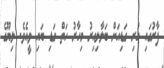
ފާރުގައި ހުރި ގަޑިއަށް ބަލާލިއިރު މިހާރު ހަތް ގަޑި ބައި ވީއެވެ. ލިޔޫގެ